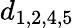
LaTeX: d_{1,2,4,5}